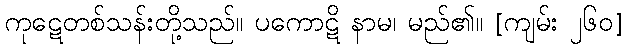
ကုဋေတစ်သန်းတို့သည်။ ပကောဋိ နာမ၊ မည်၏။ [ကျမ်း ၂၆၀]